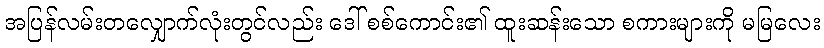
အပြန်လမ်းတလျှောက်လုံးတွင်လည်း ဒေါ် စစ်ကောင်း၏ ထူးဆန်းသော စကားများကို မမြလေး